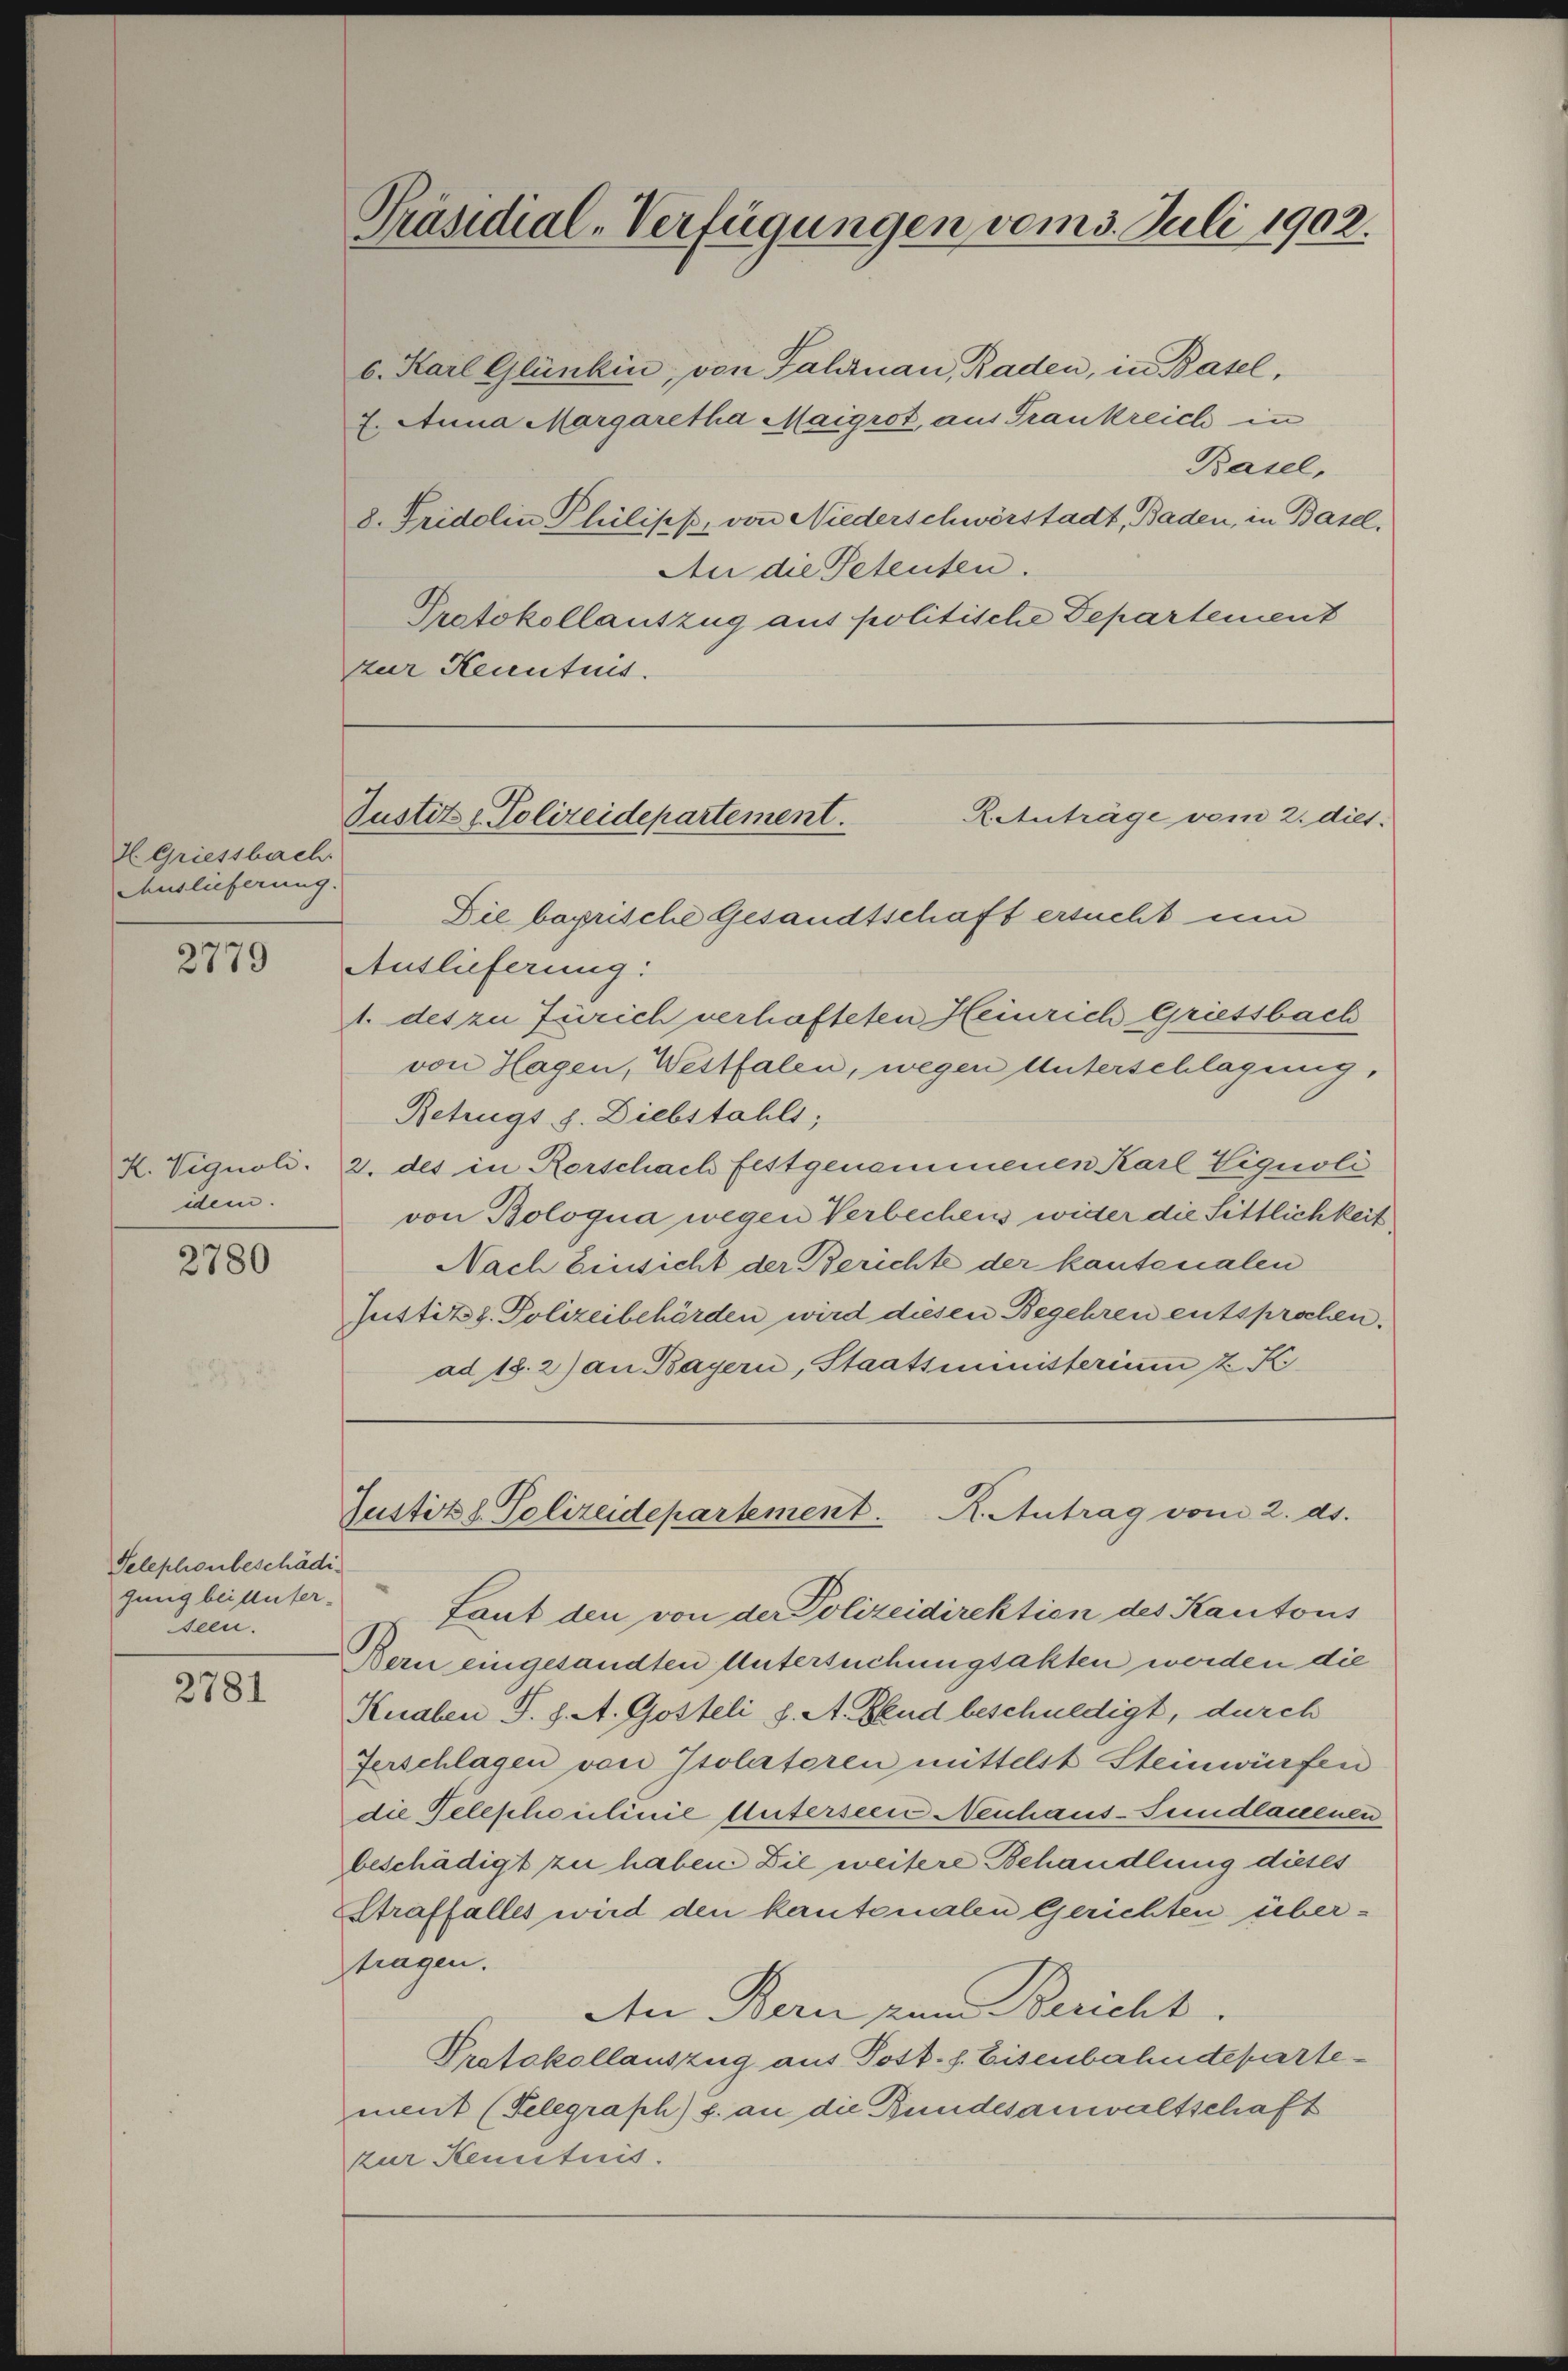
H Griessbach.
Auslieferung.

2779

K. Vignoli.
dem.

2780

Telephonbeschädigung bei Aufer-
seen.

2781

6. Karl Glünkin, von Fahrnau, Baden, in Basel,
7. Anna Margaretha Maigrot, aus Frankreich in
Basel,
8. Fridolin Philipp, von Niederschwerstadt, Baden, in Basel,
An die Petenten.
Protokollauszug aus politische Departement
zur Kenntnis.

Auslieferung:
1. des zu Zürich verhafteten Heinrich Griessbach
von Hagen, Westfalen, wegen Unterschlagung,
Betrugs s. Diebstahls;
2. des in Rorschach festgenommenen Karl Viquoli
von Boloqua wegen Verbechen wider die Sittlichkeit
Nach Einsicht der Berichte der kantonalen
Justiz z. Polizeibehörden wird diesen Begehren entsprochen.
ad 18. 2) an Bayern, Staatsministerium 2 K

Präsidial-Verfügungen vom 3. Juli 1902.

R.Anträge vom 2. diet.
Justiz & Polizeidepartement.
Die bayrische Gesandtschaft ersucht um

Justitzl. Polizeidepartement. Kontrag vom 2. ds.

Laut den von der Polizeidirektion des Kantons
Bern eingesandten Untersuchungsakten worden die
Knaben S. 8. A. Gosteli d. A. Gend beschnedigt, durch
Zerschlagen von Isolatoren mittelst Steinwürfen
die Telephoulinie Meterseen Neuhaus-Sumdlauenen
beschädigt zu haben Die weitere Behandlung dieses
Straffalles wird den kantonalen Gerichten übertragen.
An Bern zum Bericht.
Protokollauszug aus Post. s. Eisenbahndepartement (Telegraph) s. an die Bundesanwaltschaft
zur Kenntnis.